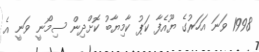
1998 ވަނަ އަހަރުގެ ޔޫއެފާ ކަޕު ކާމިޔާބު ކޮށްދިން ސިމޯނީ ވަނީ އެ